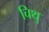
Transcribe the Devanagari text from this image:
चिथु